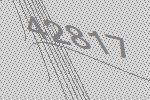
42817